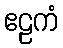
ဧဠကံ